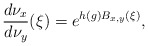
\begin{align*} \frac{d\nu_x}{d\nu_y}(\xi)=e^{h(g)B_{x,y}(\xi)}, \end{align*}